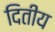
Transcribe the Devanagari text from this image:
दितीय